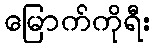
မြောက်ကိုရီး